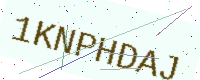
Text: 1KNPHDAJ